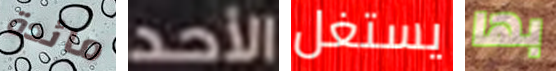
مائدة الأحد يستغل بها